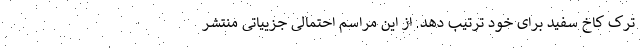
ترک کاخ سفید برای خود ترتیب دهد. از این مراسم احتمالی جزییاتی منتشر